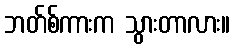
ဘတ်စ်ကားက သွားတာလား။